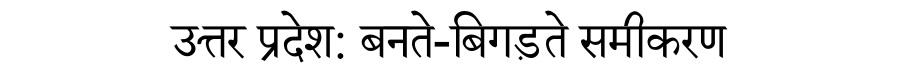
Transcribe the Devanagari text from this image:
उत्तर प्रदेश: बनते-बिगड़ते समीकरण